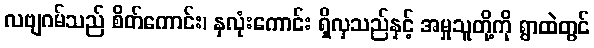
လဗျဂမ်သည် စိတ်ကောင်း၊ နှလုံးကောင်း ရှိလှသည်နှင့် အမှုသူတို့ကို ရွာထဲတွင်